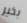
بخير